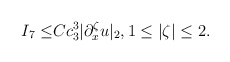
\begin{align*}I_7\leq& Cc^3_3|\partial^\zeta_x u|_2, 1\leq |\zeta|\leq 2.\end{align*}